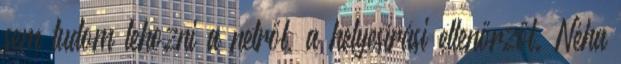
sem tudom lehozni a netről, a helyesírási ellenőrzőt. Néha